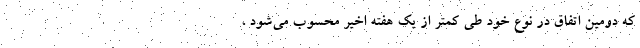
که دومین اتفاق در نوع خود طی کمتر از یک هفته اخیر محسوب می‌شود ،